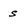
Character: S